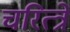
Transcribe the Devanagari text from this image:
चरित्त्रे